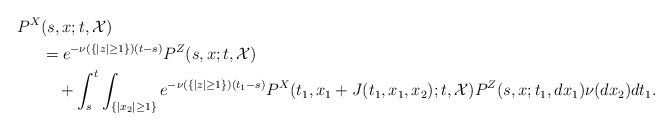
\begin{align*}P^X&(s,x;t,{\cal X})\\&=e^{-\nu(\{|z|\ge1\})(t-s)}P^Z(s,x;t,{\cal X})\\&\ \ \ +\int_{s}^t\int_{\{|x_2|\ge 1\}}e^{-\nu(\{|z|\ge1\})(t_1-s)}P^X(t_1,x_1+J(t_1,x_1,x_2);t,{\cal X})P^Z(s,x;t_1,dx_1)\nu(dx_2)dt_1.\end{align*}